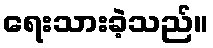
ရေးသားခဲ့သည်။